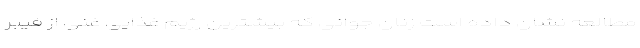
مطالعه نشان داده است زنان جوانی که بیشترین رژیم غذایی غنی از فیبر